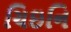
ચિઇનિ